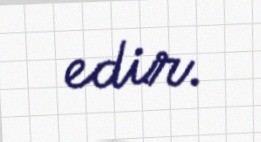
edir.